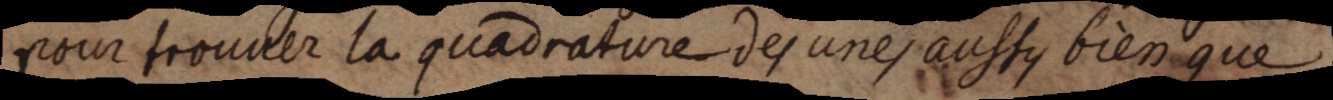
pour trouver la quadrature des unes aussy bien que